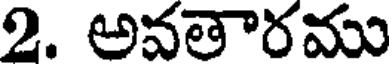
2. అవతారము